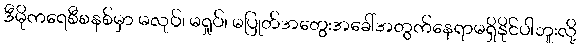
ဒီမိုကရေစီစနစ်မှာ မလုပ်၊ မရှုပ်၊ မပြုတ်အတွေးအခေါ်အတွက်နေရာမရှိနိုင်ပါဘူးလို့